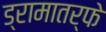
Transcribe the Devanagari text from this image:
ड्रामातर्फे